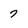
Character: 7